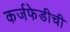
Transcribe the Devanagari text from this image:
कर्जफेडीची